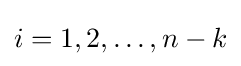
i=1,2,\ldots ,n-k